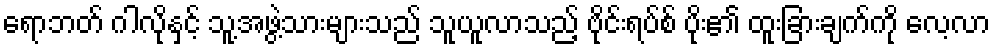
ရောဘတ် ဂါလိုနှင့် သူ့အဖွဲ့သားများသည် သူယူလာသည့် ဗိုင်းရပ်စ် ပိုး၏ ထူးခြားချက်ကို လေ့လာ